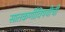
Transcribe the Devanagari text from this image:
सातकर्णीविषयीची